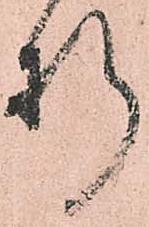
折